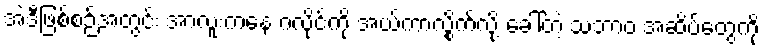
အဲဒီဖြစ်စဉ်အတွင်း အာလူးကနေ ဂလိုင်ကို အယ်ကာလွိုက်လို့ ခေါ်တဲ့ သဘာဝ အဆိပ်တွေကို